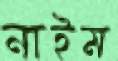
নাইম